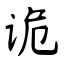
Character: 诡